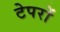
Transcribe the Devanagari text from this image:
टेपरों